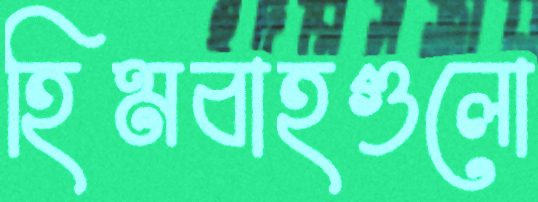
হিমবাহগুলো